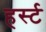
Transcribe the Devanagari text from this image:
हर्स्ट